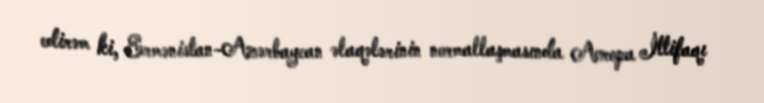
edirəm ki, Ermənistan-Azərbaycan əlaqələrinin normallaşmasında Avropa İttifaqı